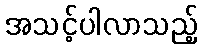
အသင့်ပါလာသည့်